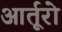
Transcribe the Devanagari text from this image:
आर्तूरो